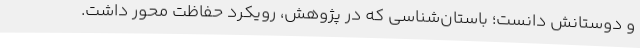
و دوستانش دانست؛ باستان‌شناسی که در پژوهش، رویکرد حفاظت محور داشت.